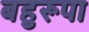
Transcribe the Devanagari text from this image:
बहुरूपा